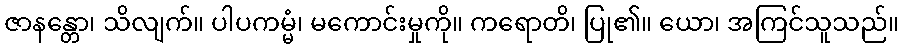
ဇာနန္တော၊ သိလျက်။ ပါပကမ္မံ၊ မကောင်းမှုကို။ ကရောတိ၊ ပြု၏။ ယော၊ အကြင်သူသည်။